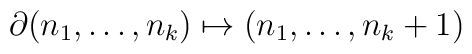
\partial (n_{1},\dots ,n_{k})\mapsto (n_{1},\dots ,n_{k}+1)